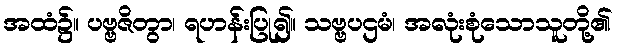
အထံ၌။ ပဗ္ဗဇိတွာ၊ ရဟန်းပြု၍။ သဗ္ဗပဌမံ၊ အလုံးစုံသောသူတို့၏